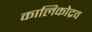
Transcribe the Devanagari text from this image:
कालिकोद्रव